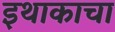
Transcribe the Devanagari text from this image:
इथाकाचा